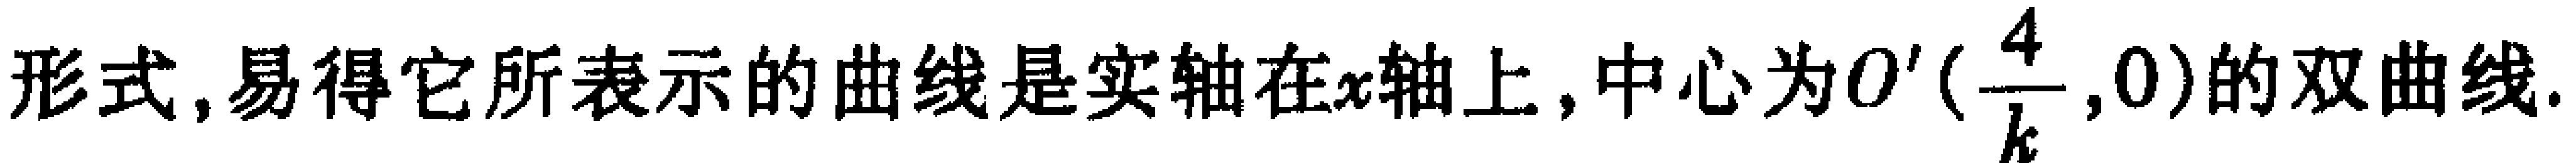
形式, 易得它所表示的曲线是实轴在\(x\)轴上, 中心为\(O'(\frac{4}{k},0)\)的双曲线.